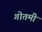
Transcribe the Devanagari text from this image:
गोतमी